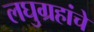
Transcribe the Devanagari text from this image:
लघुग्रहांचे